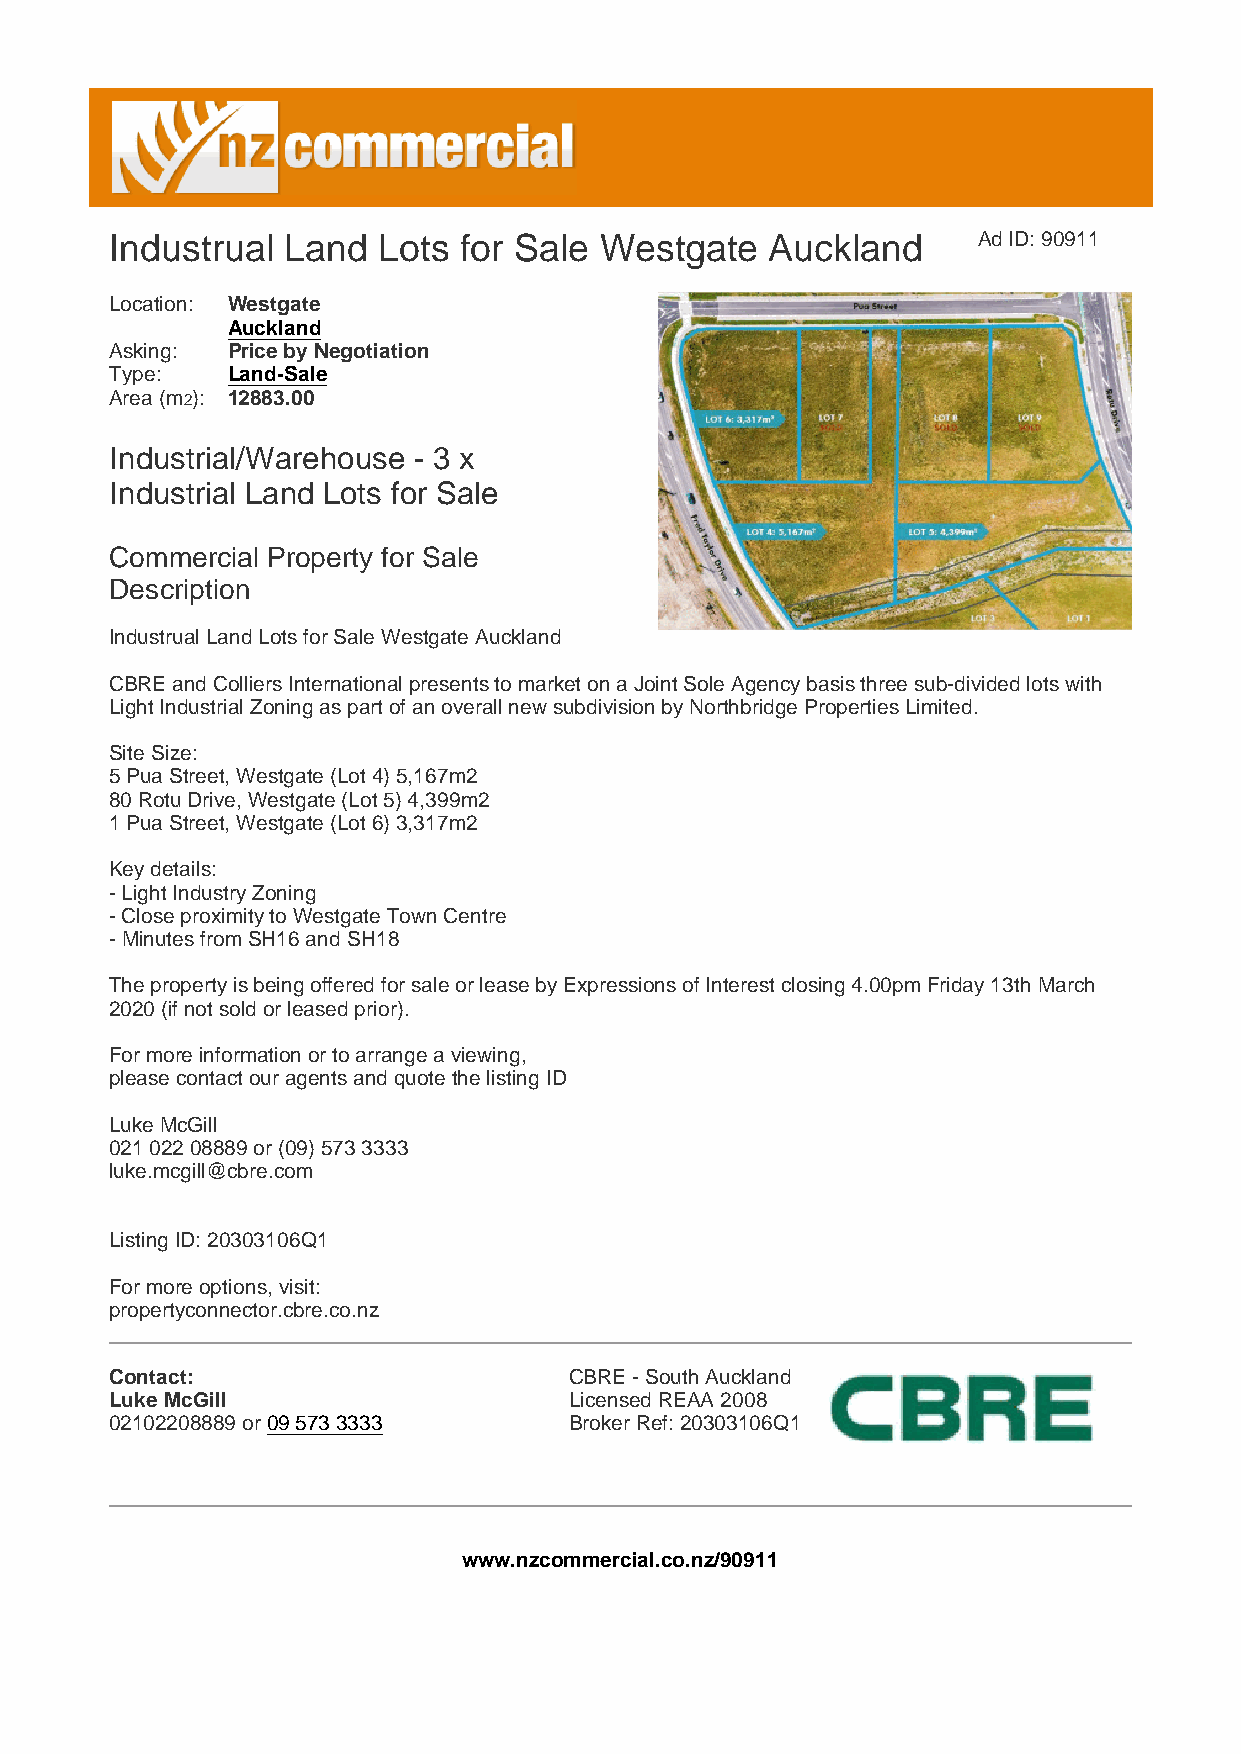
Industrual  Land  Lots for Sale  Westgate   Auckland      Ad ID: 90911
 Location: Westgate
 Auckland
 Asking: Price by Negotiation
 Type:   Land-Sale
 Area (m2): 12883.00
 Industrial/Warehouse - 3 x
 Industrial Land Lots for Sale
 Commercial Property for Sale
 Description
 Industrual Land Lots for Sale Westgate Auckland
 CBRE and Colliers International presents to market on a Joint Sole Agency basis three sub-divided lots with
 Light Industrial Zoning as part of an overall new subdivision by Northbridge Properties Limited.
 Site Size:
 5 Pua Street, Westgate (Lot 4) 5,167m2
 80 Rotu Drive, Westgate (Lot 5) 4,399m2
 1 Pua Street, Westgate (Lot 6) 3,317m2
 Key details:
 - Light Industry Zoning
 - Close proximity to Westgate Town Centre
 - Minutes from SH16 and SH18
 The property is being offered for sale or lease by Expressions of Interest closing 4.00pm Friday 13th March
 2020 (if not sold or leased prior).
 For more information or to arrange a viewing,
 please contact our agents and quote the listing ID
 Luke McGill
 021 022 08889 or (09) 573 3333
 luke.mcgill@cbre.com
 Listing ID: 20303106Q1
 For more options, visit:
 propertyconnector.cbre.co.nz
 Contact:                       CBRE - South Auckland
 Luke McGill                    Licensed REAA 2008
 02102208889 or 09 573 3333     Broker Ref: 20303106Q1
 www.nzcommercial.co.nz/90911